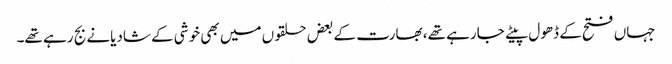
جہاں فتح کے ڈھول پیٹے جارہے تھے، بھارت کے بعض حلقوں میں بھی خوشی کے شادیانے بج رہے تھے۔